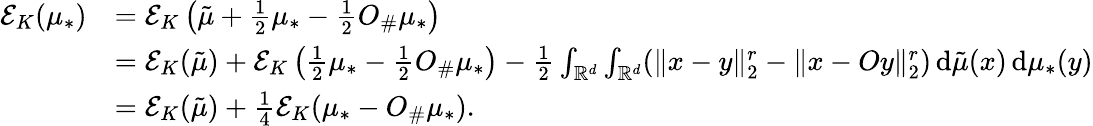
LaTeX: \begin{array}{rl}{\mathcal E_{K}(\mu_{*})}&{=\mathcal E_{K}\left(\tilde{\mu}+\frac 12\mu_{*}-\frac 12O_{\# }\mu_{*}\right)}\\ &{=\mathcal E_{K}(\tilde{\mu})+\mathcal E_{K}\left(\frac 12\mu_{*}-\frac 12O_{\# }\mu_{*}\right)-\frac 12\int_{\mathbb{R}^{d}}\int_{\mathbb{R}^{d}}(\| x-y\| _{2}^{r}-\| x-Oy\| _{2}^{r})\, \mathrm{d}\tilde{\mu}(x)\, \mathrm{d}\mu_{*}(y)}\\ &{=\mathcal E_{K}(\tilde{\mu})+\frac 14\mathcal E_{K}(\mu_{*}-O_{\# }\mu_{*}).}\end{array}